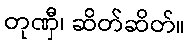
တုဏှီ၊ ဆိတ်ဆိတ်။